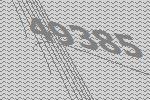
49385